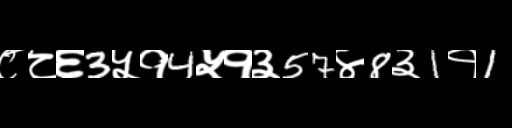
Text: ८८६3५१4५१३57४8३1१1